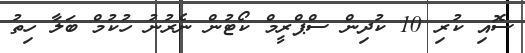
ސޮއި ކުރި 10 ކުދިން ސްޕްރީމް ކޯޓުން ނެރުނު ހުކުމް ބަލާ ހިތު